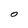
Character: O